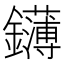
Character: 鑮